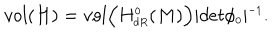
v o l ( H ) = v o l \Bigl ( H _ { \scriptscriptstyle d R } ^ { \scriptscriptstyle 0 } ( M ) \Bigr ) \vert d e t \phi _ { \scriptscriptstyle 0 } \vert ^ { \scriptscriptstyle - 1 } .